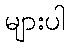
များပါ